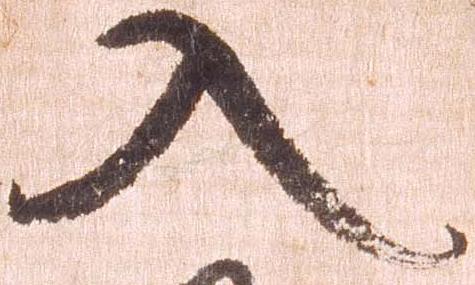
入